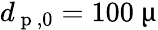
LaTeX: d_{\mathrm{~p~},0}=100~\upmu